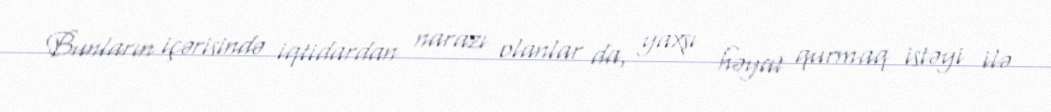
Bunların içərisində iqtidardan narazı olanlar da, yaxşı həyat qurmaq istəyi ilə